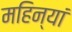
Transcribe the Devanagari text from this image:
महिन्यां